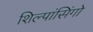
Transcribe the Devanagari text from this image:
शिल्पांसिंगो